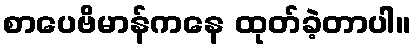
စာပေဗိမာန်ကနေ ထုတ်ခဲ့တာပါ။